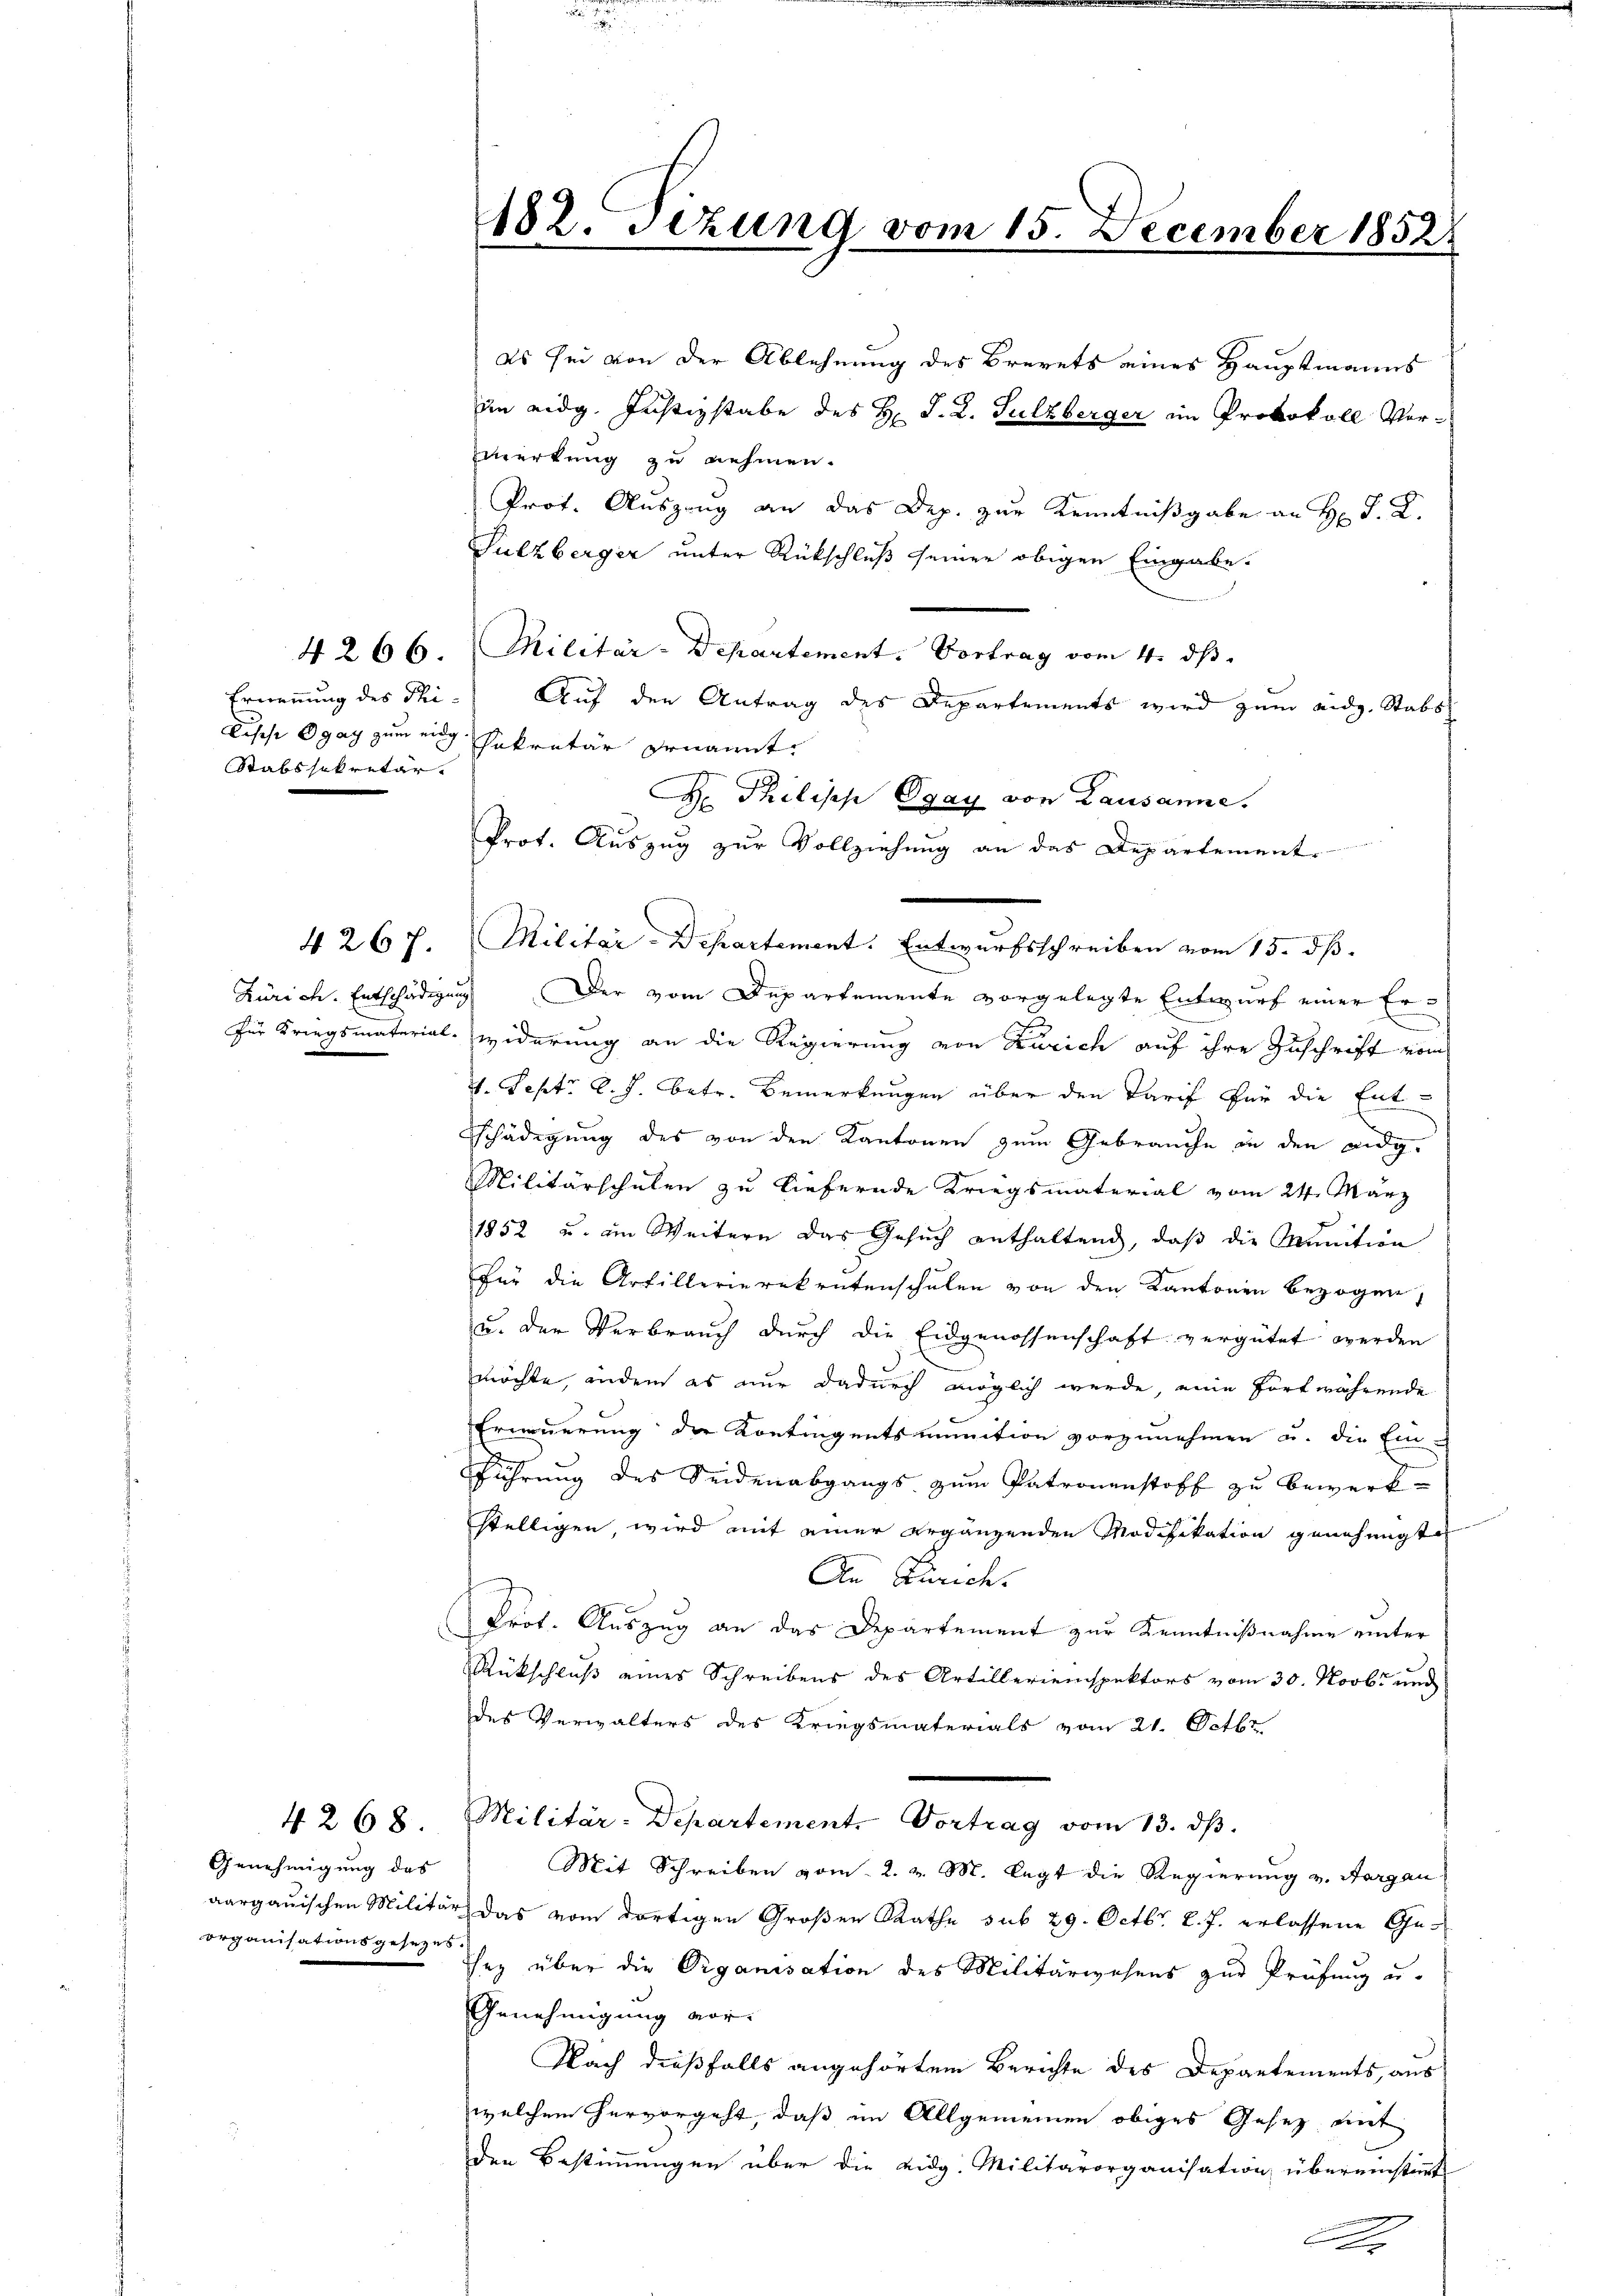
Stabssekretär.

4267.

4268.
Genehmigung das
organisationsgesezes.

182. Sezung vom 15. December 1852.

es sei von der Ablehnung des Brevets eines Hauptmanns
im eidg. Justizstabe des H. J. L. Sulzberger im Protokoll Vormerkung zu nehmen.
Prot. Auszug an das Dep. zur Kenntnißgabe an H. P. R.
Sulzberger unter Rückschluß seiner obigen Eingabe.
4266. Militär-Departement. Vortrag vom 4. dβ.
Ernennung des Thi- Auf den Antrag des Departements wird zum eidg. Stabs
Fische Ogag zum eing sekretär genannt
H Philische Ogay von Lausanne.
Prot. Auszug zur Vollziehung an das Departement.
Militär-Departement. Entwurfsschreiben vom 15. dß.
Zürich. Entschädigung Der vom Departemente vorgelegte Entwurf einer Erfür Kriegsmaterial- widerung an die Regierung von Zürich auf ihre Zuschrift vom
4. Sept. l. J. betr. Bemerkungen über den Tarif für die Ent-
Schädigung des von den Kantonen zum Gebrauche in den eidg.
Militärschulen zu liefernde Kriegsmaterial vom 24. März
1852 u. am Weitern das Gesuch enthaltend, daß die Munition
für die Artillerierekrutenschulen von den Kantonen bezogen,
u. der Verbrauch durch die Eidgenossenschaft vergütet werden
möchte, ander es nur dadurch möglich werde, eine fortwährende
Erneuerung der Kontingentsmunition vorzunehmen u. die Ein-
führung des Seidenabgangs zum Patronenstoff zu bewerkstelligen, wird mit einer ergänzenden Modifikation genehmigten
An Zürich
Prot. Auszug an das Departement zur Kenntnißnahme unter
Rückschluß eines Schreibens des Artillerieinspektors vom 30. Novbr und
des Verwalters des Kriegsmaterials vom 21. Octbr.
Militär-Departement. Vortrag vom 13. dβ.
Mit Schreiben vom 2. v. M. legt die Regierung v. Aargau
aargauischen Militär das vom dortigen Großen Rathe sub 29. Octbr. l. J. erlassene Geey über die Organisation des Militärwesens zur Prüfung u.
Genehmigung vor-
Nach dießfalls angehörtem Berichte des Departements, aus
welchem hervorgeht, daß im Allgemeinen obiges Gesetz mit
den Bestimmungen über die eidg. Militärorganisation übereinstimmt
A